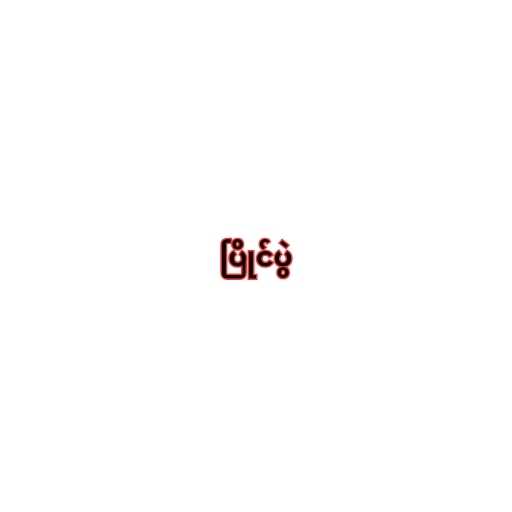
ပြိုင်ပွဲ